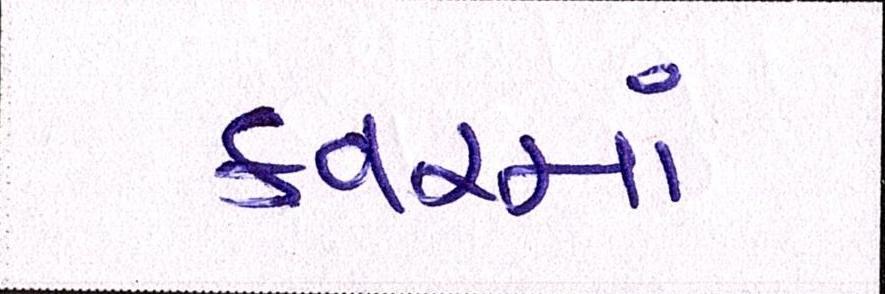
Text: કવરમાં